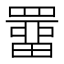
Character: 𮊚